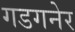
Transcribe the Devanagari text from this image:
गडगनेर